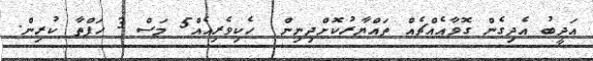
އަދީބު އެދިގެން ގޮވާއެއްޗެއް ތައްޔާރުކޮށްދިނިން  ހެކިވެރިއެއް5 މަސް 3 ހަފްތާ ކުރިން.